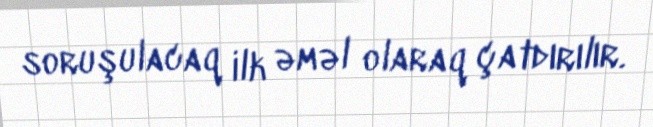
soruşulacaq ilk əməl olaraq çatdırılır.